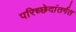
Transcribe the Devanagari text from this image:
परिच्छेदांतर्गत